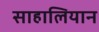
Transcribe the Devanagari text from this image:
साहालियान